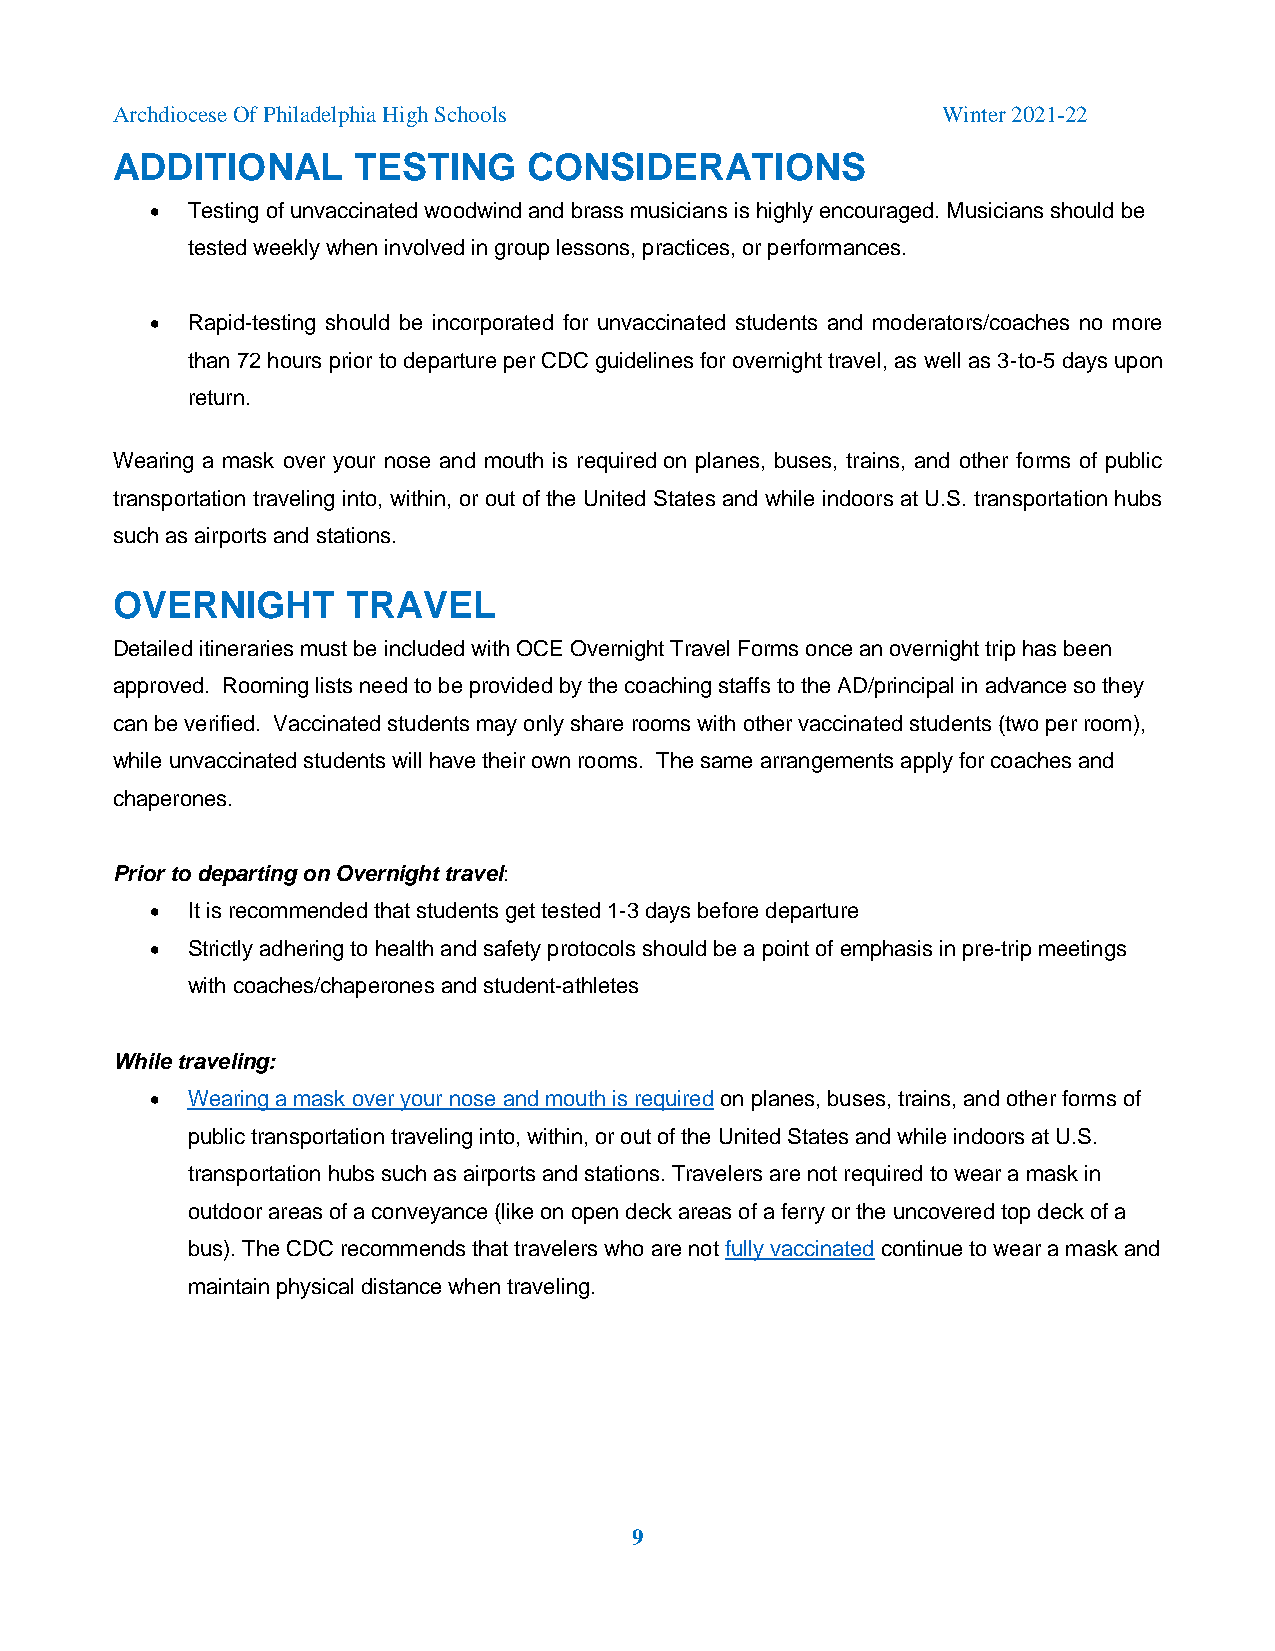
Archdiocese Of Philadelphia High Schools               Winter 2021-22
 ADDITIONAL      TESTING     CONSIDERATIONS
  Testing of unvaccinated woodwind and brass musicians is highly encouraged. Musicians should be
 tested weekly when involved in group lessons, practices, or performances.
  Rapid-testing should be incorporated for unvaccinated students and moderators/coaches no more
 than 72 hours prior to departure per CDC guidelines for overnight travel, as well as 3-to-5 days upon
 return.
 Wearing a mask over your nose and mouth is required on planes, buses, trains, and other forms of public
 transportation traveling into, within, or out of the United States and while indoors at U.S. transportation hubs
 such as airports and stations.
 OVERNIGHT       TRAVEL
 Detailed itineraries must be included with OCE Overnight Travel Forms once an overnight trip has been
 approved. Rooming lists need to be provided by the coaching staffs to the AD/principal in advance so they
 can be verified. Vaccinated students may only share rooms with other vaccinated students (two per room),
 while unvaccinated students will have their own rooms. The same arrangements apply for coaches and
 chaperones.
 Prior to departing on Overnight travel:
  It is recommended that students get tested 1-3 days before departure
  Strictly adhering to health and safety protocols should be a point of emphasis in pre-trip meetings
 with coaches/chaperones and student-athletes
 While traveling:
  Wearing a mask over your nose and mouth is required on planes, buses, trains, and other forms of
 public transportation traveling into, within, or out of the United States and while indoors at U.S.
 transportation hubs such as airports and stations. Travelers are not required to wear a mask in
 outdoor areas of a conveyance (like on open deck areas of a ferry or the uncovered top deck of a
 bus). The CDC recommends that travelers who are not fully vaccinated continue to wear a mask and
 maintain physical distance when traveling.
 9